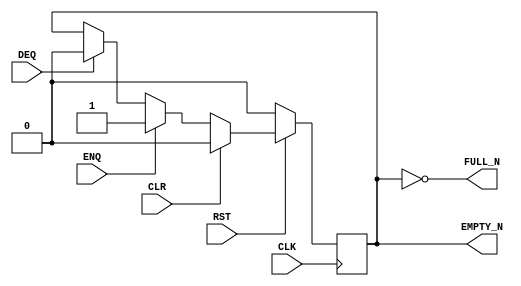

// Copyright (c) 2000-2012 Bluespec, Inc.

// Permission is hereby granted, free of charge, to any person obtaining a copy
// of this software and associated documentation files (the "Software"), to deal
// in the Software without restriction, including without limitation the rights
// to use, copy, modify, merge, publish, distribute, sublicense, and/or sell
// copies of the Software, and to permit persons to whom the Software is
// furnished to do so, subject to the following conditions:

// The above copyright notice and this permission notice shall be included in
// all copies or substantial portions of the Software.

// THE SOFTWARE IS PROVIDED "AS IS", WITHOUT WARRANTY OF ANY KIND, EXPRESS OR
// IMPLIED, INCLUDING BUT NOT LIMITED TO THE WARRANTIES OF MERCHANTABILITY,
// FITNESS FOR A PARTICULAR PURPOSE AND NONINFRINGEMENT. IN NO EVENT SHALL THE
// AUTHORS OR COPYRIGHT HOLDERS BE LIABLE FOR ANY CLAIM, DAMAGES OR OTHER
// LIABILITY, WHETHER IN AN ACTION OF CONTRACT, TORT OR OTHERWISE, ARISING FROM,
// OUT OF OR IN CONNECTION WITH THE SOFTWARE OR THE USE OR OTHER DEALINGS IN
// THE SOFTWARE.
//
// $Revision: 29441 $
// $Date: 2012-08-27 21:58:03 +0000 (Mon, 27 Aug 2012) $

`ifdef BSV_ASSIGNMENT_DELAY
`else
  `define BSV_ASSIGNMENT_DELAY
`endif

`ifdef BSV_POSITIVE_RESET
  `define BSV_RESET_VALUE 1'b1
  `define BSV_RESET_EDGE posedge
`else
  `define BSV_RESET_VALUE 1'b0
  `define BSV_RESET_EDGE negedge
`endif



// Depth 1 FIFO data size 0!
module FIFO10(CLK,
              RST,
              ENQ,
              FULL_N,
              DEQ,
              EMPTY_N,
              CLR
              );

   parameter guarded = 1;

   input                  CLK;
   input                  RST;
   input                  ENQ;
   input                  DEQ;
   input                  CLR ;

   output                 FULL_N;
   output                 EMPTY_N;

   reg                    empty_reg ;

   assign                 EMPTY_N = empty_reg ;

`ifdef BSV_NO_INITIAL_BLOCKS
`else // not BSV_NO_INITIAL_BLOCKS
   // synopsys translate_off
   initial
     begin
        empty_reg = 1'b0;
     end // initial begin
   // synopsys translate_on
`endif // BSV_NO_INITIAL_BLOCKS


   assign FULL_N = !empty_reg;

   always@(posedge CLK /* or `BSV_RESET_EDGE RST */)
     begin
        if (RST == `BSV_RESET_VALUE)
          begin
             empty_reg <= `BSV_ASSIGNMENT_DELAY 1'b0;
          end // if (RST == `BSV_RESET_VALUE)
        else
           begin
              if (CLR)
                begin
                   empty_reg <= `BSV_ASSIGNMENT_DELAY 1'b0;
                end
              else if (ENQ)
                begin
                   empty_reg <= `BSV_ASSIGNMENT_DELAY 1'b1;
                end
              else if (DEQ)
                begin
                   empty_reg <= `BSV_ASSIGNMENT_DELAY 1'b0;
                end // if (DEQ)
           end // else: !if(RST == `BSV_RESET_VALUE)
     end // always@ (posedge CLK or `BSV_RESET_EDGE RST)

   // synopsys translate_off
   always@(posedge CLK)
     begin: error_checks
        reg deqerror, enqerror ;

        deqerror =  0;
        enqerror = 0;
        if (RST == ! `BSV_RESET_VALUE)
           begin
              if ( ! empty_reg && DEQ )
                begin
                   deqerror = 1 ;
                   $display( "Warning: FIFO10: %m -- Dequeuing from empty fifo" ) ;
                end
              if ( ! FULL_N && ENQ && (!DEQ || guarded) )
                begin
                   enqerror =  1 ;
                   $display( "Warning: FIFO10: %m -- Enqueuing to a full fifo" ) ;
                end
           end // if (RST == ! `BSV_RESET_VALUE)
     end
   // synopsys translate_on

endmodule